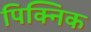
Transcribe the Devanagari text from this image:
पिक्निक